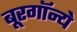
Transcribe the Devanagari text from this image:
बूरगॉन्ये